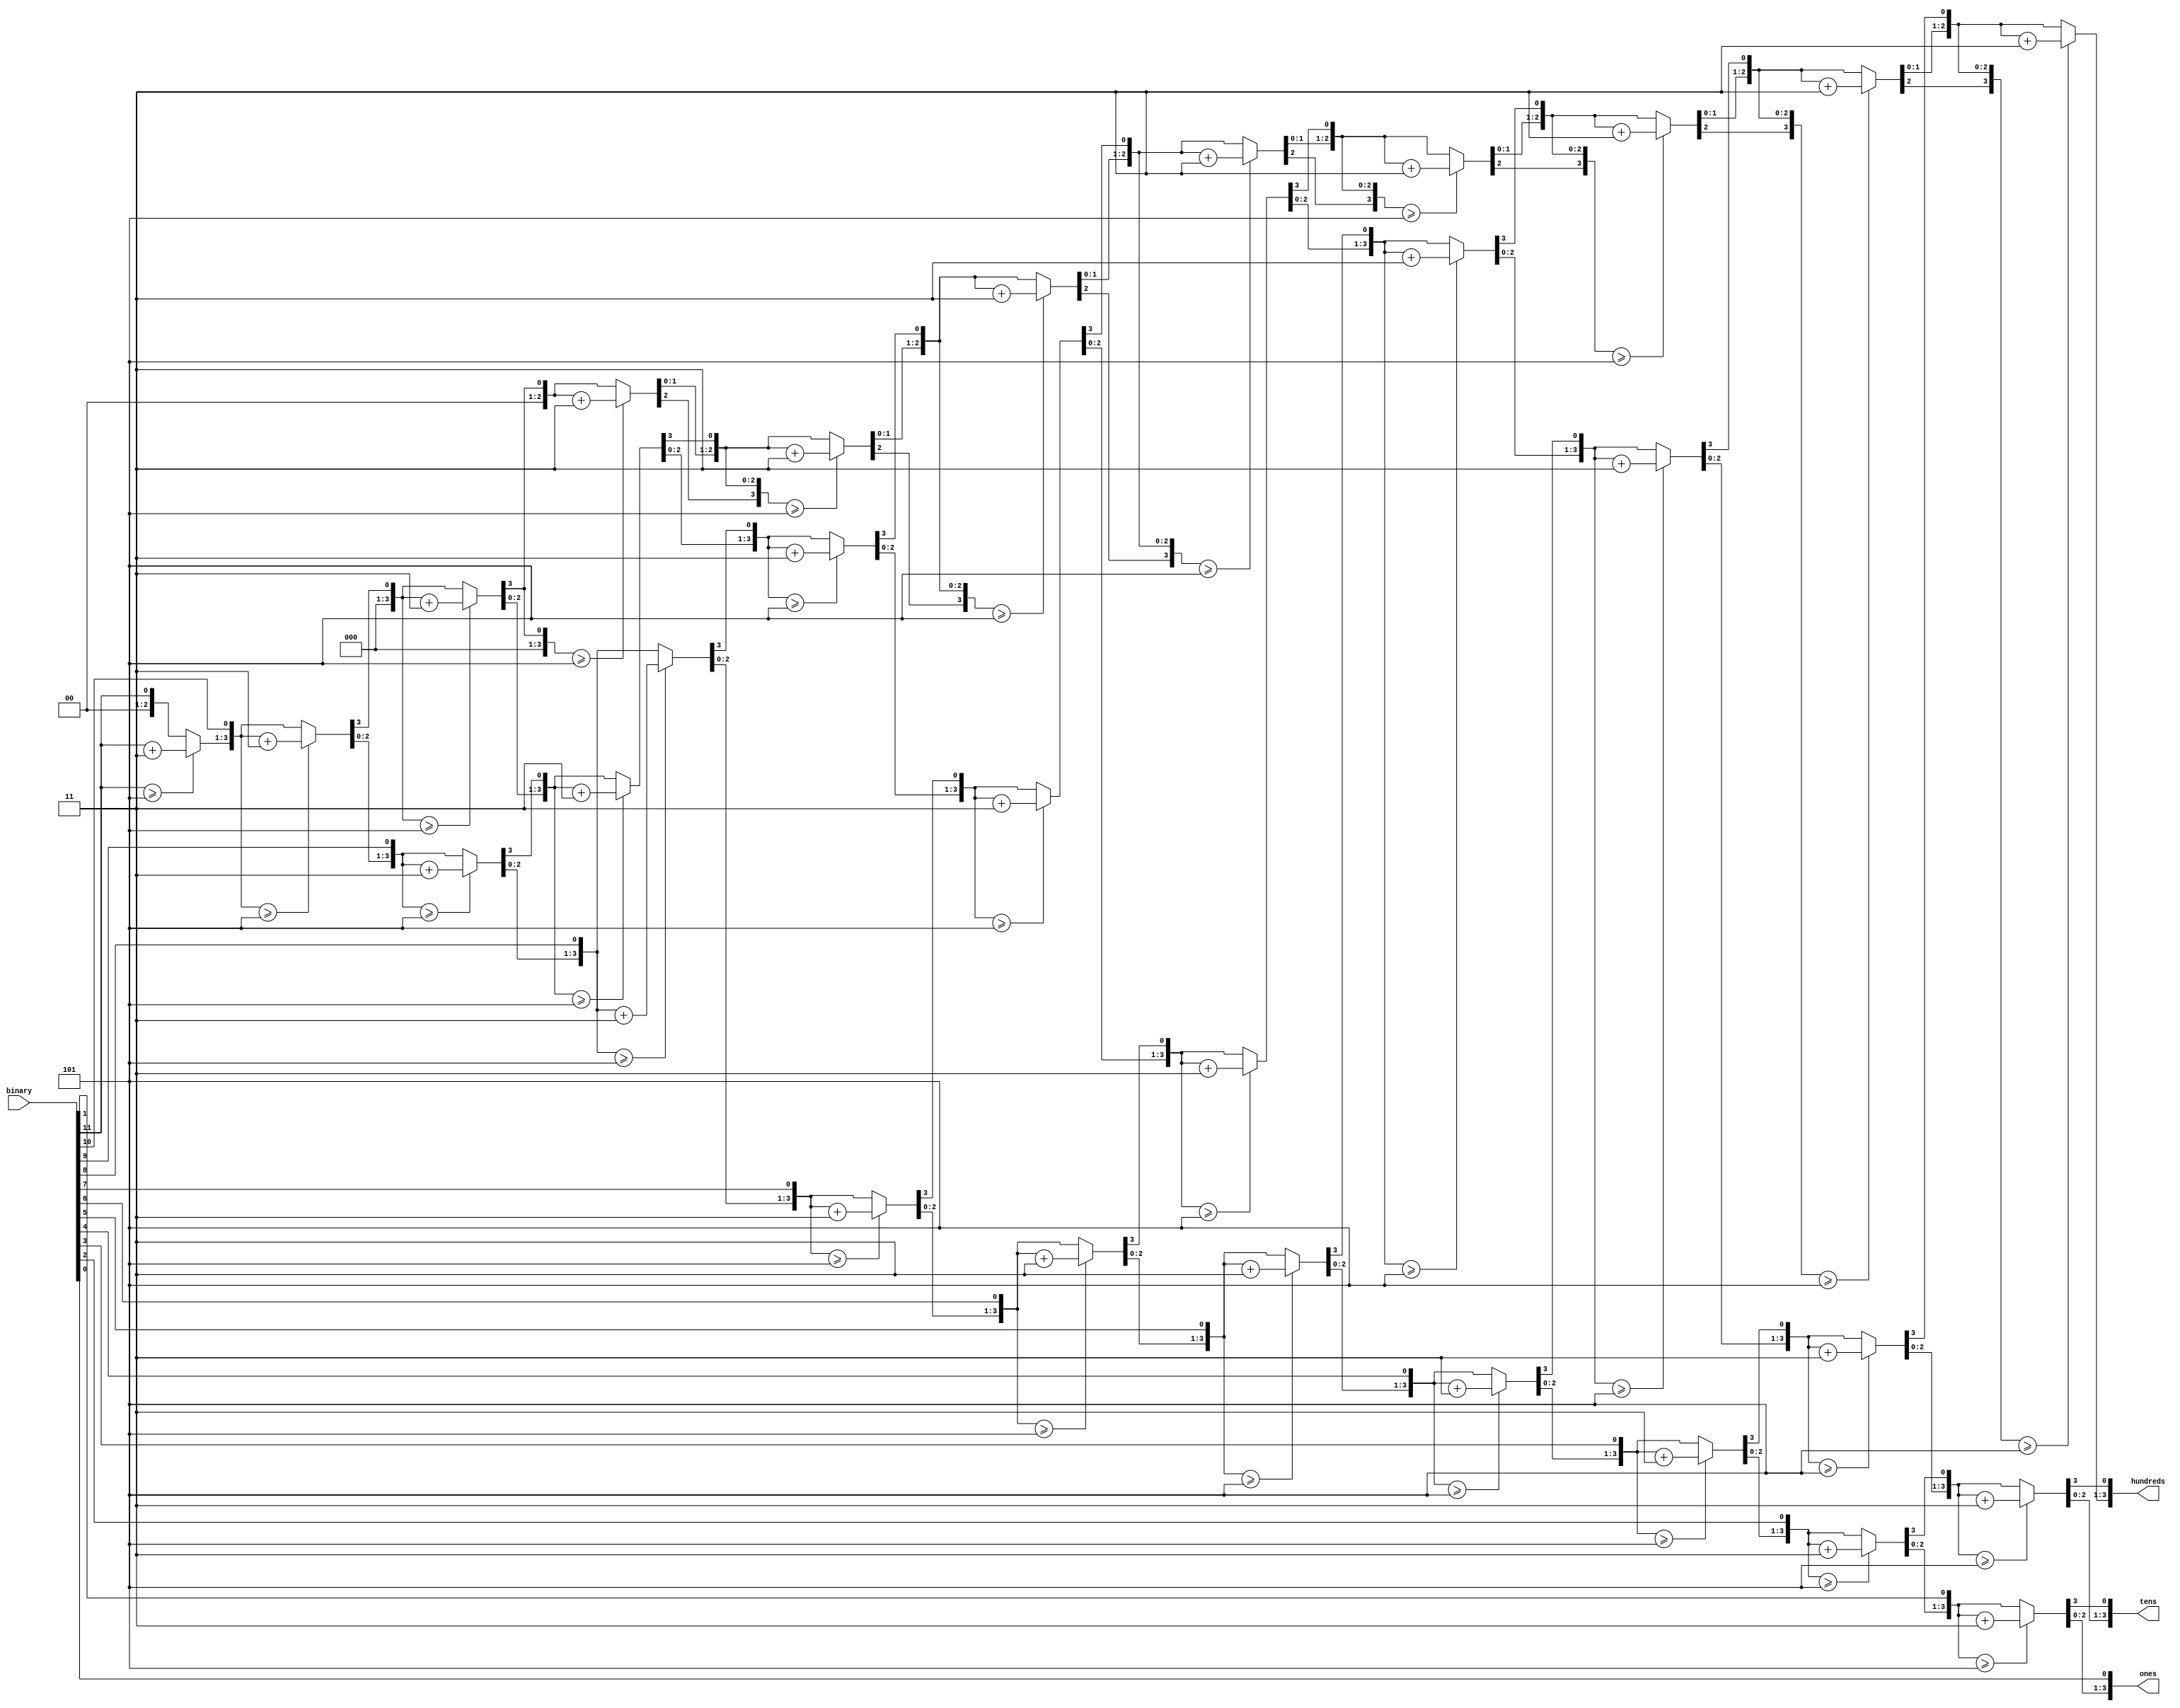
`timescale 1ns / 1ps
//////////////////////////////////////////////////////////////////////////////////
// Company: 
// Engineer: 
// 
// Design Name: 
// Module Name:    BCD_Conversion 
// Project Name: 
// Target Devices: 
// Tool versions: 
// Description: 
//
// Dependencies: 
//
// Revision: 
// Revision 0.01 - File Created
// Additional Comments: 
//
//////////////////////////////////////////////////////////////////////////////////
module BCD_Conversion(hundreds, tens, ones, binary);
output reg [3:0] hundreds, tens, ones;
input [11:0] binary;

integer i;
always @(binary)
begin
	hundreds = 4'd0;
	tens = 4'd0;
	ones = 4'd0;
	
	for(i=11;i>=0;i=i-1)
	begin
		if(hundreds>=5)
			hundreds = hundreds +3;
		if(tens>=5)
			tens = tens +3;
		if(ones>=5)
			ones = ones + 3;
		
		hundreds = hundreds<<1;
		hundreds[0] = tens[3];
		tens = tens<<1;
		tens[0] = ones[3];
		ones = ones<<1;
		ones[0] = binary[i];
	end
end

endmodule